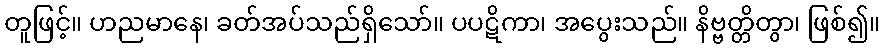
တူဖြင့်။ ဟညမာနေ၊ ခတ်အပ်သည်ရှိသော်။ ပပဋိကာ၊ အပွေးသည်။ နိဗ္ဗတ္တိတွာ၊ ဖြစ်၍။